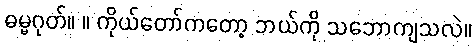
ဓမ္မဂုတ်။ ။ ကိုယ်တော်ကတော့ ဘယ်ကို သဘောကျသလဲ။